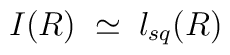
I(R) \; \simeq \; l_{sq} (R)